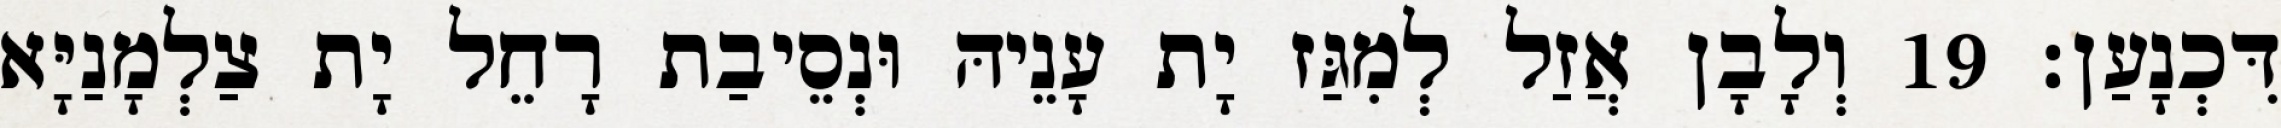
דִּכְנָעַן׃ 19 וְלָבָן אֲזַל לְמִגַּז יָת עָנֵיהּ וּנְסֵיבַת רָחֵל יָת צַלְמָנַיָּא